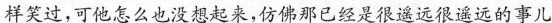
样笑过，可他怎么也没想起来，仿佛那已经是很遥远很遥远的事儿